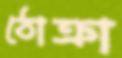
ঠোক্‌রা